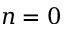
n = 0